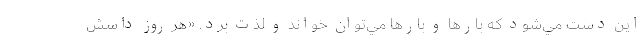
اين دست مي‌شود كه بارها و بارها مي‌توان خواند و لذت برد. «هر روز داسش